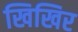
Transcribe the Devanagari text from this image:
खिखिर